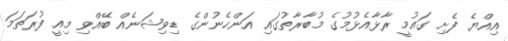
އިއްޔެ ފެށި ގައުމީ ރާޅާއެޅުމުގެ މުބާރާތުގައި އަންހެނުންގެ ޑިވިޝަނެއް ބޭއްވި މިއީ ފުރަތަމަ